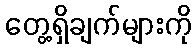
တွေ့ရှိချက်များကို